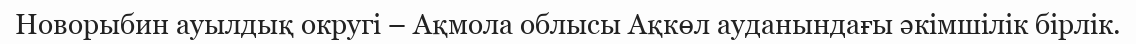
Новорыбин ауылдық округі – Ақмола облысы Ақкөл ауданындағы әкімшілік бірлік.